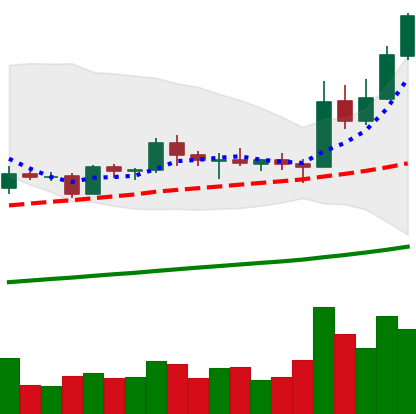
Ticker: EOS-USD
Chart end date: 2019-05-15
Forward return: -3.622%
Label: down_3_5